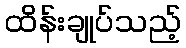
ထိန်းချုပ်သည့်